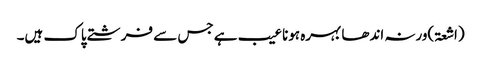
(اشعۃ)ورنہ اندھا بہرہ ہونا عیب ہے جس سے فرشتے پاک ہیں۔